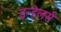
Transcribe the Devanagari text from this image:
इन्हेलर्स